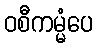
ဝစီကမ္မံပေ